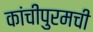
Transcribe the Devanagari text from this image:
कांचीपुरमची